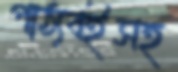
পাঠ্যবইসহ